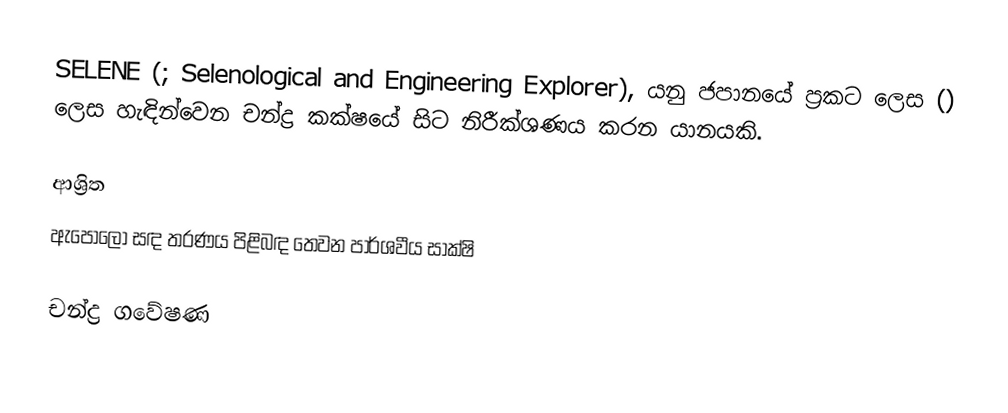
SELENE (; Selenological and Engineering Explorer), යනු ජපානයේ ප්‍රකට ලෙස  () ලෙස හැඳින්වෙන චන්ද්‍ර කක්ෂයේ සිට නිරීක්ශණය කරන යානයකි.

ආශ්‍රිත
 ඇපොලෝ සඳ තරණය පිළිබඳ තෙවන පාර්ශවීය සාක්ෂි

චන්ද්‍ර ගවේෂණ